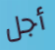
أجل